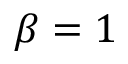
\beta = 1